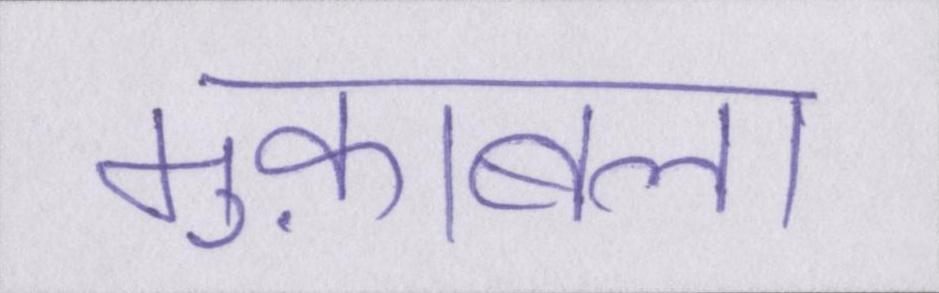
मुक़ाबला